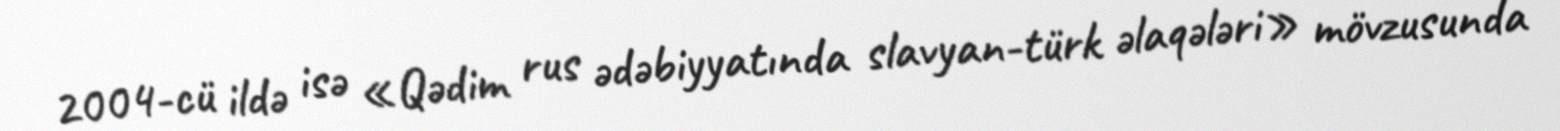
2004-cü ildə isə «Qədim rus ədəbiyyatında slavyan-türk əlaqələri» mövzusunda